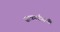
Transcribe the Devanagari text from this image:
सत्कार्यासाठी